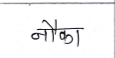
मजकूर: नौका